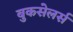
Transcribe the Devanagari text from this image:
बुकसेलर्स